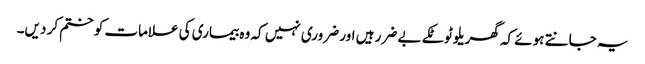
یہ جانتے ہوئے کہ گھریلو ٹوٹکے بے ضرر ہیں اور ضروری نہیں کہ وہ بیماری کی علامات کو ختم کر دیں۔